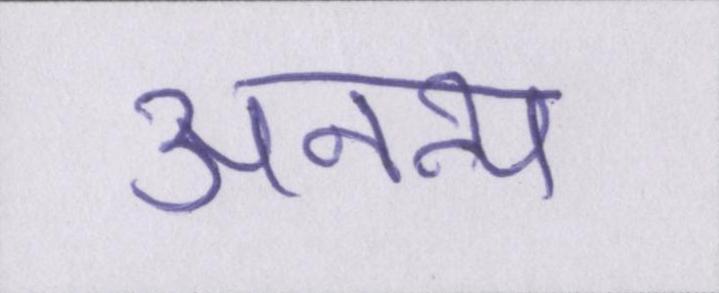
अनन्य